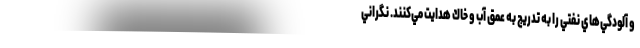
و آلودگي‌هاي نفتي را به تدريج به عمق آب و خاك هدايت مي‌كنند. نگراني